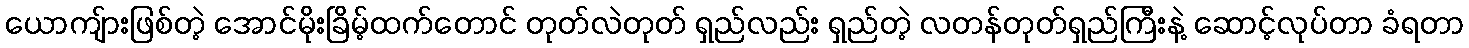
ယောကျ်ားဖြစ်တဲ့ အောင်မိုးခြိမ့်ထက်တောင် တုတ်လဲတုတ် ရှည်လည်း ရှည်တဲ့ လတန်တုတ်ရှည်ကြီးနဲ့ ဆောင့်လုပ်တာ ခံရတာ